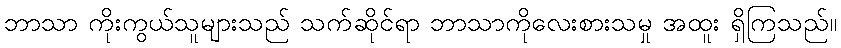
ဘာသာ ကိုးကွယ်သူများသည် သက်ဆိုင်ရာ ဘာသာကိုလေးစားသမှု အထူး ရှိကြသည်။